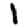
Digit: 1